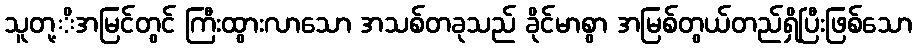
သူတု့ိအမြင်တွင် ကြီးထွားလာသော အသစ်တခုသည် ခိုင်မာစွာ အမြစ်တွယ်တည်ရှိပြီးဖြစ်သော